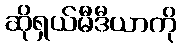
ဆိုရှယ်မီဒီယာကို